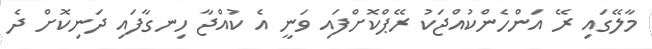
މާލޭގައި ރޭ އަންހެންކުއްޖަކު ރޭޕްކޮށްފައި ވަނީ އެ ކުއްޖާ ހިނގާފައި ދަނިކޮށް ދެ